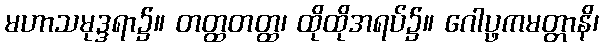
မဟာသမုဒ္ဒရာ၌။ တတ္ထတတ္ထ၊ ထိုထိုအရပ်၌။ ဂေါပ္ဖကမတ္တာနိ၊